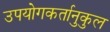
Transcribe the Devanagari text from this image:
उपयोगकर्तानुकुल